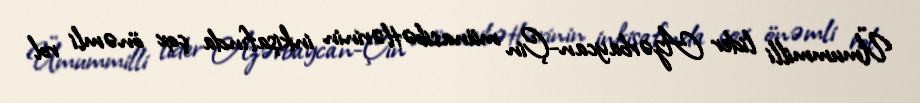
Ümummilli lider Azərbaycan-Çin münasibətlərinin inkişafında çox önəmli rol